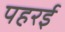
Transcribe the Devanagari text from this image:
पहरई